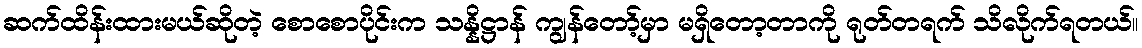
ဆက်ထိန်းထားမယ်ဆိုတဲ့ စောစောပိုင်းက သန္နိဋ္ဌာန် ကျွန်တော့်မှာ မရှိတော့တာကို ရုတ်တရက် သိလိုက်ရတယ်။